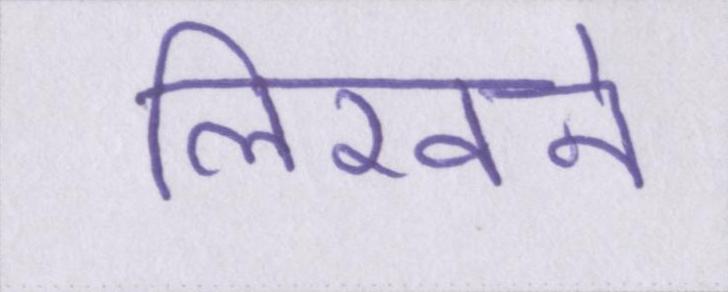
लिखने